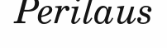
Perilaus